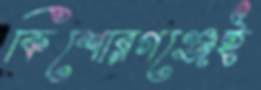
কিশোরগঞ্জেই